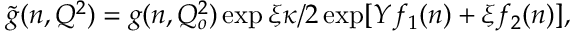
\widetilde { g } ( n , Q ^ { 2 } ) = g ( n , Q _ { o } ^ { 2 } ) \exp \xi \kappa / 2 \exp [ Y f _ { 1 } ( n ) + \xi f _ { 2 } ( n ) ] ,